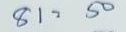
81 = 50